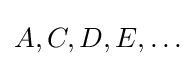
A,C,D,E,\ldots